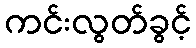
ကင်းလွတ်ခွင့်